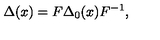
\Delta ( x ) = F \Delta _ { 0 } ( x ) F ^ { - 1 } ,